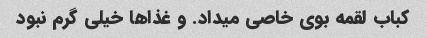
کباب لقمه بوی خاصی میداد. و غذاها خیلی گرم نبود